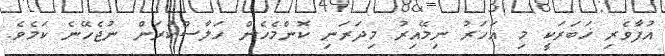
އުފާވެރި ޚަބަރަކީ މި އަހަރު ނިމޭއިރު މިދަރަނި ކޮންމެހެން ހަލާސްކުރަން ނުޖެހޭނެ ކަމެވެ.